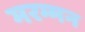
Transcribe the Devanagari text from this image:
मरम्मन